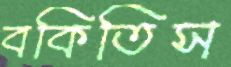
বকিতিস